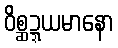
ဝိစ္ဆဍ္ဍယမာနော